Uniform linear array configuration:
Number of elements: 48
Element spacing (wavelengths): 0.5
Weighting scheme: cosine
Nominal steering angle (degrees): -15
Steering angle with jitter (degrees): -14.24
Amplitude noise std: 0.05
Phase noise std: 0.05

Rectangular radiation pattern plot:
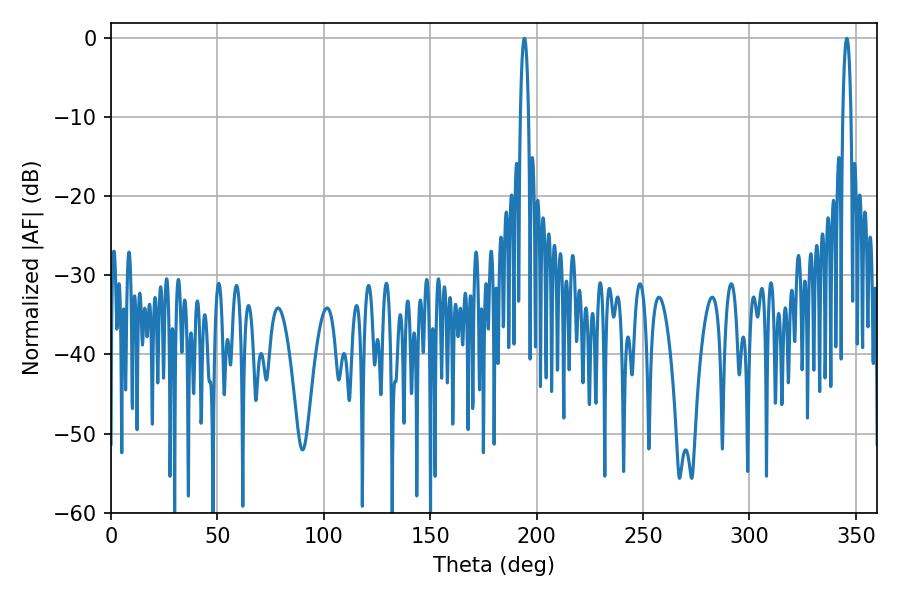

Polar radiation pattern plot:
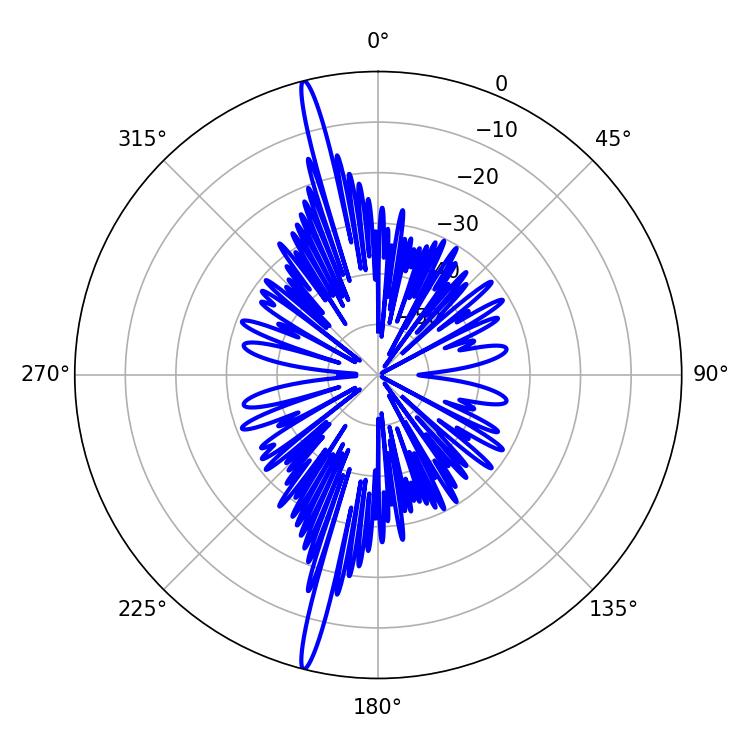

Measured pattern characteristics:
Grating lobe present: FALSE
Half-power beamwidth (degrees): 2.16
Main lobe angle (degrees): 194.22